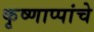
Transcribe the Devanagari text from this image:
कृष्णाप्पांचे